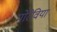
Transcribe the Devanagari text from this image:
मोरेविया